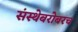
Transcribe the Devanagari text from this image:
संस्थेबरोबरच